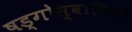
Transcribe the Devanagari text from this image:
षड्गोस्वामियों